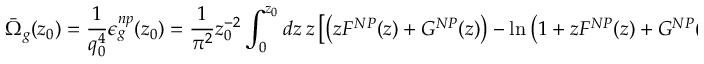
\bar { \Omega } _ { g } ( z _ { 0 } ) = { \frac { 1 } { q _ { 0 } ^ { 4 } } } \epsilon _ { g } ^ { n p } ( z _ { 0 } ) = { \frac { 1 } { \pi ^ { 2 } } } z _ { 0 } ^ { - 2 } \int _ { 0 } ^ { z _ { 0 } } d z \ z \left[ \left( z F ^ { N P } ( z ) + G ^ { N P } ( z ) \right) - \ln \left( 1 + z F ^ { N P } ( z ) + G ^ { N P } ( z ) \right) \right] .